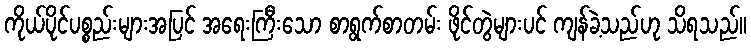
ကိုယ်ပိုင်ပစ္စည်းများအပြင် အရေးကြီးသော စာရွက်စာတမ်း ဖိုင်တွဲများပင် ကျန်ခဲ့သည်ဟု သိရသည်။